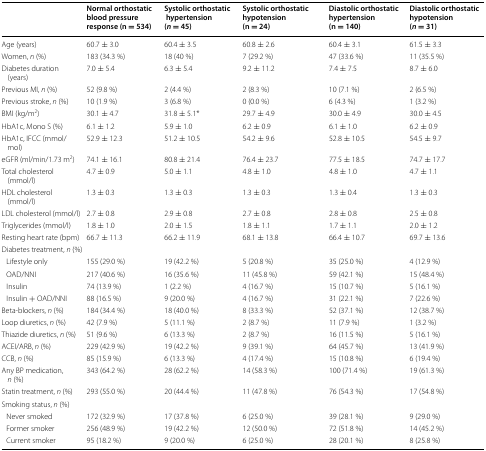
<table><thead><tr><td></td><td><b>Normal orthostatic blood pressure response (n = 534)</b></td><td><b>Systolic orthostatic hypertension (<i>n</i> = 45)</b></td><td><b>Systolic orthostatic hypotension (n = 24)</b></td><td><b>Diastolic orthostatic hypertension (n = 140)</b></td><td><b>Diastolic orthostatic hypotension (<i>n</i> = 31)</b></td></tr></thead><tbody><tr><td>Age (years)</td><td>60.7 ± 3.0</td><td>60.4 ± 3.5</td><td>60.8 ± 2.6</td><td>60.4 ± 3.1</td><td>61.5 ± 3.3</td></tr><tr><td>Women, <i>n</i> (%)</td><td>183 (34.3 %)</td><td>18 (40 %)</td><td>7 (29.2 %)</td><td>47 (33.6 %)</td><td>11 (35.5 %)</td></tr><tr><td>Diabetes duration (years)</td><td>7.0 ± 5.4</td><td>6.3 ± 5.4</td><td>9.2 ± 11.2</td><td>7.4 ± 7.5</td><td>8.7 ± 6.0</td></tr><tr><td>Previous MI, <i>n</i> (%)</td><td>52 (9.8 %)</td><td>2 (4.4 %)</td><td>2 (8.3 %)</td><td>10 (7.1 %)</td><td>2 (6.5 %)</td></tr><tr><td>Previous stroke, <i>n</i> (%)</td><td>10 (1.9 %)</td><td>3 (6.8 %)</td><td>0 (0.0 %)</td><td>6 (4.3 %)</td><td>1 (3.2 %)</td></tr><tr><td>BMI (kg/m<sup>2</sup>)</td><td>30.1 ± 4.7</td><td>31.8 ± 5.1*</td><td>29.7 ± 4.9</td><td>30.0 ± 4.9</td><td>30.0 ± 4.5</td></tr><tr><td>HbA1c, Mono S (%)</td><td>6.1 ± 1.2</td><td>5.9 ± 1.0</td><td>6.2 ± 0.9</td><td>6.1 ± 1.0</td><td>6.2 ± 0.9</td></tr><tr><td>HbA1c, IFCC (mmol/mol)</td><td>52.9 ± 12.3</td><td>51.2 ± 10.5</td><td>54.2 ± 9.6</td><td>52.8 ± 10.5</td><td>54.5 ± 9.7</td></tr><tr><td>eGFR (ml/min/1.73 m<sup>2</sup>)</td><td>74.1 ± 16.1</td><td>80.8 ± 21.4</td><td>76.4 ± 23.7</td><td>77.5 ± 18.5</td><td>74.7 ± 17.7</td></tr><tr><td>Total cholesterol (mmol/l)</td><td>4.7 ± 0.9</td><td>5.0 ± 1.1</td><td>4.8 ± 1.0</td><td>4.8 ± 1.0</td><td>4.7 ± 1.1</td></tr><tr><td>HDL cholesterol (mmol/l)</td><td>1.3 ± 0.3</td><td>1.3 ± 0.3</td><td>1.3 ± 0.3</td><td>1.3 ± 0.4</td><td>1.3 ± 0.3</td></tr><tr><td>LDL cholesterol (mmol/l)</td><td>2.7 ± 0.8</td><td>2.9 ± 0.8</td><td>2.7 ± 0.8</td><td>2.8 ± 0.8</td><td>2.5 ± 0.8</td></tr><tr><td>Triglycerides (mmol/l)</td><td>1.8 ± 1.0</td><td>2.0 ± 1.5</td><td>1.8 ± 1.1</td><td>1.7 ± 1.1</td><td>2.0 ± 1.2</td></tr><tr><td>Resting heart rate (bpm)</td><td>66.7 ± 11.3</td><td>66.2 ± 11.9</td><td>68.1 ± 13.8</td><td>66.4 ± 10.7</td><td>69.7 ± 13.6</td></tr><tr><td colspan="6">Diabetes treatment, <i>n</i> (%)</td></tr><tr><td> Lifestyle only</td><td>155 (29.0 %)</td><td>19 (42.2 %)</td><td>5 (20.8 %)</td><td>35 (25.0 %)</td><td>4 (12.9 %)</td></tr><tr><td> OAD/NNI</td><td>217 (40.6 %)</td><td>16 (35.6 %)</td><td>11 (45.8 %)</td><td>59 (42.1 %)</td><td>15 (48.4 %)</td></tr><tr><td> Insulin</td><td>74 (13.9 %)</td><td>1 (2.2 %)</td><td>4 (16.7 %)</td><td>15 (10.7 %)</td><td>5 (16.1 %)</td></tr><tr><td> Insulin + OAD/NNI</td><td>88 (16.5 %)</td><td>9 (20.0 %)</td><td>4 (16.7 %)</td><td>31 (22.1 %)</td><td>7 (22.6 %)</td></tr><tr><td>Beta-blockers, <i>n</i> (%)</td><td>184 (34.4 %)</td><td>18 (40.0 %)</td><td>8 (33.3 %)</td><td>52 (37.1 %)</td><td>12 (38.7 %)</td></tr><tr><td>Loop diuretics, <i>n</i> (%)</td><td>42 (7.9 %)</td><td>5 (11.1 %)</td><td>2 (8.7 %)</td><td>11 (7.9 %)</td><td>1 (3.2 %)</td></tr><tr><td>Thiazide diuretics, <i>n</i> (%)</td><td>51 (9.6 %)</td><td>6 (13.3 %)</td><td>2 (8.7 %)</td><td>16 (11.5 %)</td><td>5 (16.1 %)</td></tr><tr><td>ACEI/ARB, <i>n</i> (%)</td><td>229 (42.9 %)</td><td>19 (42.2 %)</td><td>9 (39.1 %)</td><td>64 (45.7 %)</td><td>13 (41.9 %)</td></tr><tr><td>CCB, <i>n</i> (%)</td><td>85 (15.9 %)</td><td>6 (13.3 %)</td><td>4 (17.4 %)</td><td>15 (10.8 %)</td><td>6 (19.4 %)</td></tr><tr><td>Any BP medication, <i>n</i> (%)</td><td>343 (64.2 %)</td><td>28 (62.2 %)</td><td>14 (58.3 %)</td><td>100 (71.4 %)</td><td>19 (61.3 %)</td></tr><tr><td>Statin treatment, <i>n</i> (%)</td><td>293 (55.0 %)</td><td>20 (44.4 %)</td><td>11 (47.8 %)</td><td>76 (54.3 %)</td><td>17 (54.8 %)</td></tr><tr><td colspan="6">Smoking status, <i>n</i> (%)</td></tr><tr><td> Never smoked</td><td>172 (32.9 %)</td><td>17 (37.8 %)</td><td>6 (25.0 %)</td><td>39 (28.1 %)</td><td>9 (29.0 %)</td></tr><tr><td> Former smoker</td><td>256 (48.9 %)</td><td>19 (42.2 %)</td><td>12 (50.0 %)</td><td>72 (51.8 %)</td><td>14 (45.2 %)</td></tr><tr><td> Current smoker</td><td>95 (18.2 %)</td><td>9 (20.0 %)</td><td>6 (25.0 %)</td><td>28 (20.1 %)</td><td>8 (25.8 %)</td></tr></tbody></table>